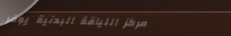
مركز اللياقة البدنية يوفر